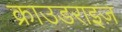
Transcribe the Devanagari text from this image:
क्राउडराइज़